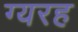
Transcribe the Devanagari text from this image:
ग्यरह